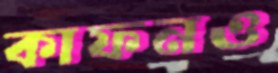
কাফনও